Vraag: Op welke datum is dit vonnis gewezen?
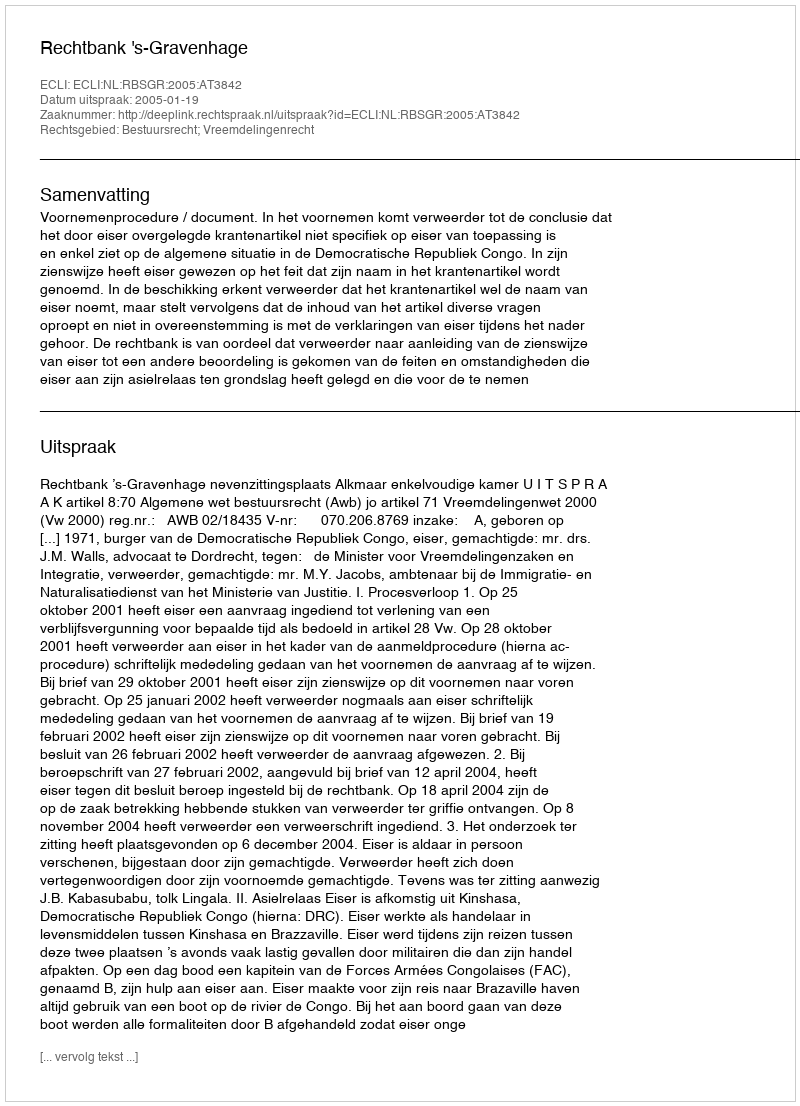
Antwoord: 2005-01-19